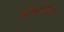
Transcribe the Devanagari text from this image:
लोकनृत्याचा